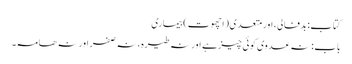
کتاب: بدفالی، اور متعدی(اچھوت) بیماری
باب : نہ عدوی کوئی چیز ہے اور نہ طیرہ ، نہ صفر اور نہ ھامہ۔